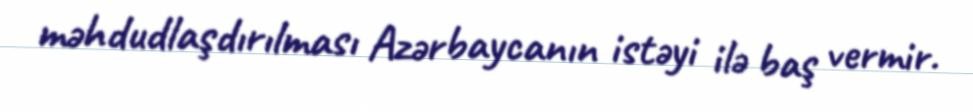
məhdudlaşdırılması Azərbaycanın istəyi ilə baş vermir.